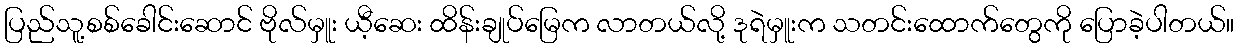
ပြည်သူ့စစ်ခေါင်းဆောင် ဗိုလ်မှူး ယီ့ဆေး ထိန်းချုပ်မြေက လာတယ်လို့ ဒုရဲမှူးက သတင်းထောက်တွေကို ပြောခဲ့ပါတယ်။